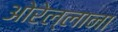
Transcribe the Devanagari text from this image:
ओरेल्लाना